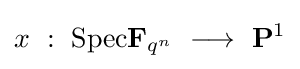
x\ :\ {\text{Spec}}\mathbf {F} _{q^{n}}\ \longrightarrow \ \mathbf {P} ^{1}